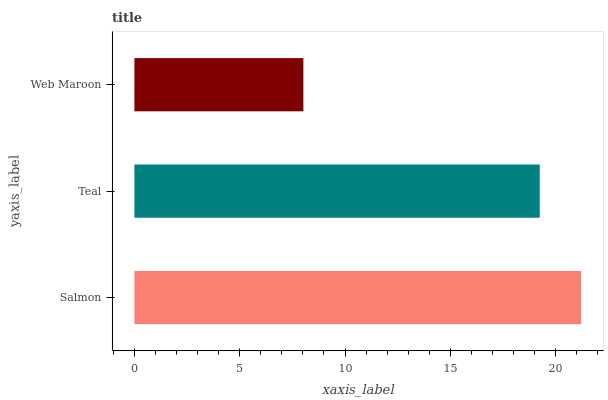
| yaxis_label | bars |
 | --- | --- |
 | Salmon | 21.2 |
 | Teal | 19.2 |
 | Web Maroon | 8.02 |